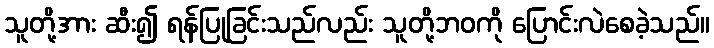
သူတို့အား ဆီး၍ ရန်ပြုခြင်းသည်လည်း သူတို့ဘဝကို ပြောင်းလဲစေခဲ့သည်။